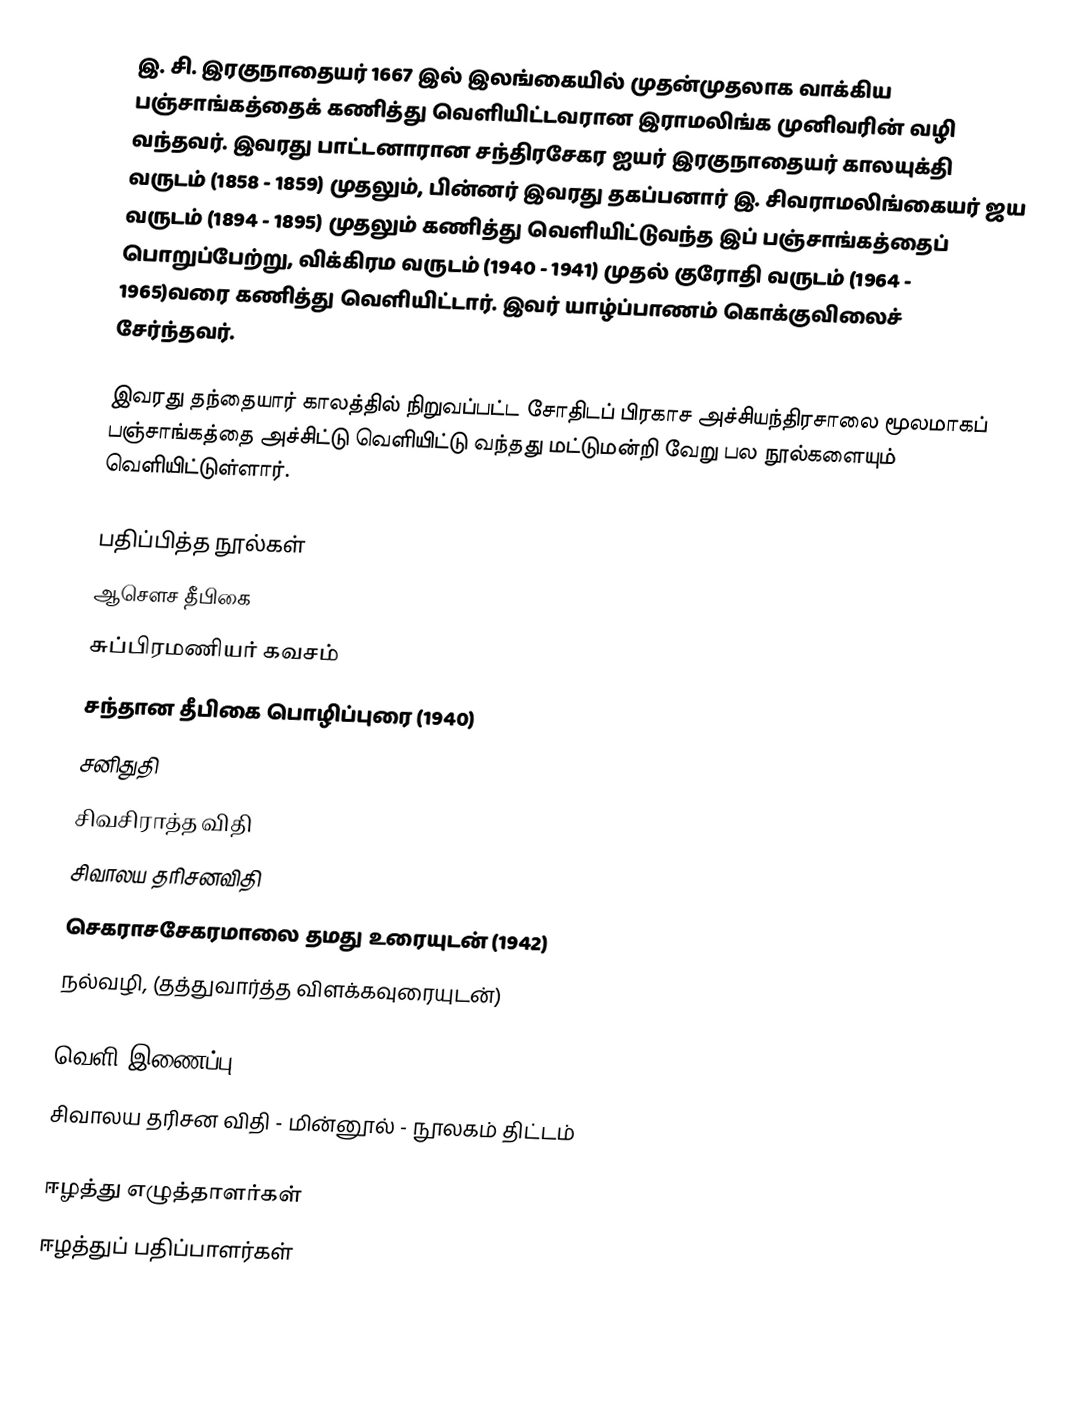
இ. சி. இரகுநாதையர் 1667 இல் இலங்கையில் முதன்முதலாக வாக்கிய பஞ்சாங்கத்தைக் கணித்து வெளியிட்டவரான இராமலிங்க முனிவரின் வழி வந்தவர். இவரது பாட்டனாரான சந்திரசேகர ஐயர் இரகுநாதையர் காலயுக்தி வருடம் (1858 - 1859) முதலும், பின்னர் இவரது தகப்பனார் இ. சிவராமலிங்கையர் ஜய வருடம் (1894 - 1895) முதலும் கணித்து வெளியிட்டுவந்த இப் பஞ்சாங்கத்தைப் பொறுப்பேற்று, விக்கிரம வருடம் (1940 - 1941) முதல் குரோதி வருடம் (1964 - 1965)வரை கணித்து வெளியிட்டார். இவர் யாழ்ப்பாணம் கொக்குவிலைச் சேர்ந்தவர்.

இவரது தந்தையார் காலத்தில் நிறுவப்பட்ட சோதிடப் பிரகாச அச்சியந்திரசாலை மூலமாகப் பஞ்சாங்கத்தை அச்சிட்டு வெளியிட்டு வந்தது மட்டுமன்றி வேறு பல நூல்களையும் வெளியிட்டுள்ளார்.

பதிப்பித்த நூல்கள்
 ஆசௌச தீபிகை
 சுப்பிரமணியர் கவசம்
 சந்தான தீபிகை பொழிப்புரை (1940)
 சனிதுதி
 சிவசிராத்த விதி
 சிவாலய தரிசனவிதி
 செகராசசேகரமாலை தமது உரையுடன் (1942)
 நல்வழி, (தத்துவார்த்த விளக்கவுரையுடன்)

வெளி இணைப்பு
 சிவாலய தரிசன விதி  - மின்னூல் - நூலகம் திட்டம்

ஈழத்து எழுத்தாளர்கள்
ஈழத்துப் பதிப்பாளர்கள்